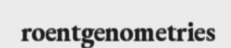
roentgenometries